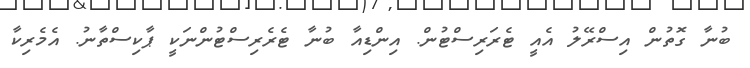
ބުނާ ގޮތުން އިސްރޭލު އެއީ ޓެރަރިސްޓުން. އިންޑިއާ ބުނާ ޓެރެރިސްޓުންނަކީ ޕާކިސްތާނު. އެމެރިކާ